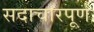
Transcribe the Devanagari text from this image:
सदाचारपूर्ण